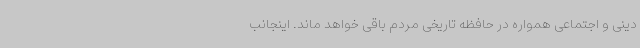
دینی و اجتماعی همواره در حافظه تاریخی مردم باقی خواهد ماند. اینجانب